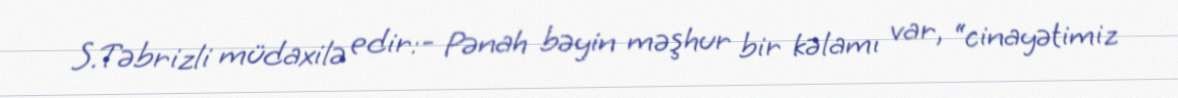
S.Təbrizli müdaxilə edir:- Pənah bəyin məşhur bir kəlamı var, “cinayətimiz